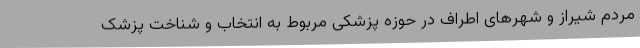
مردم شیراز و شهرهای اطراف در حوزه پزشکی مربوط به انتخاب و شناخت پزشک